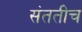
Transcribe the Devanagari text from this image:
संततीच